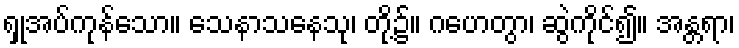
ရှုအပ်ကုန်သော။ သေနာသနေသု၊ တို့၌။ ဂဟေတွာ၊ ဆွဲကိုင်၍။ အန္တရာ၊